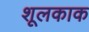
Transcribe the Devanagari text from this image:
शूलकाक